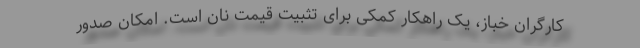
کارگران خباز، یک راهکارِ کمکی برای تثبیت قیمت نان است. امکان صدور